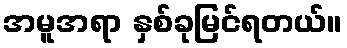
အမူအရာ နှစ်ခုမြင်ရတယ်။